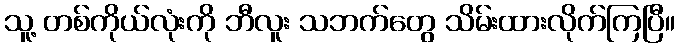
သူ့ တစ်ကိုယ်လုံးကို ဘီလူး သဘက်တွေ သိမ်းထားလိုက်ကြပြီ။